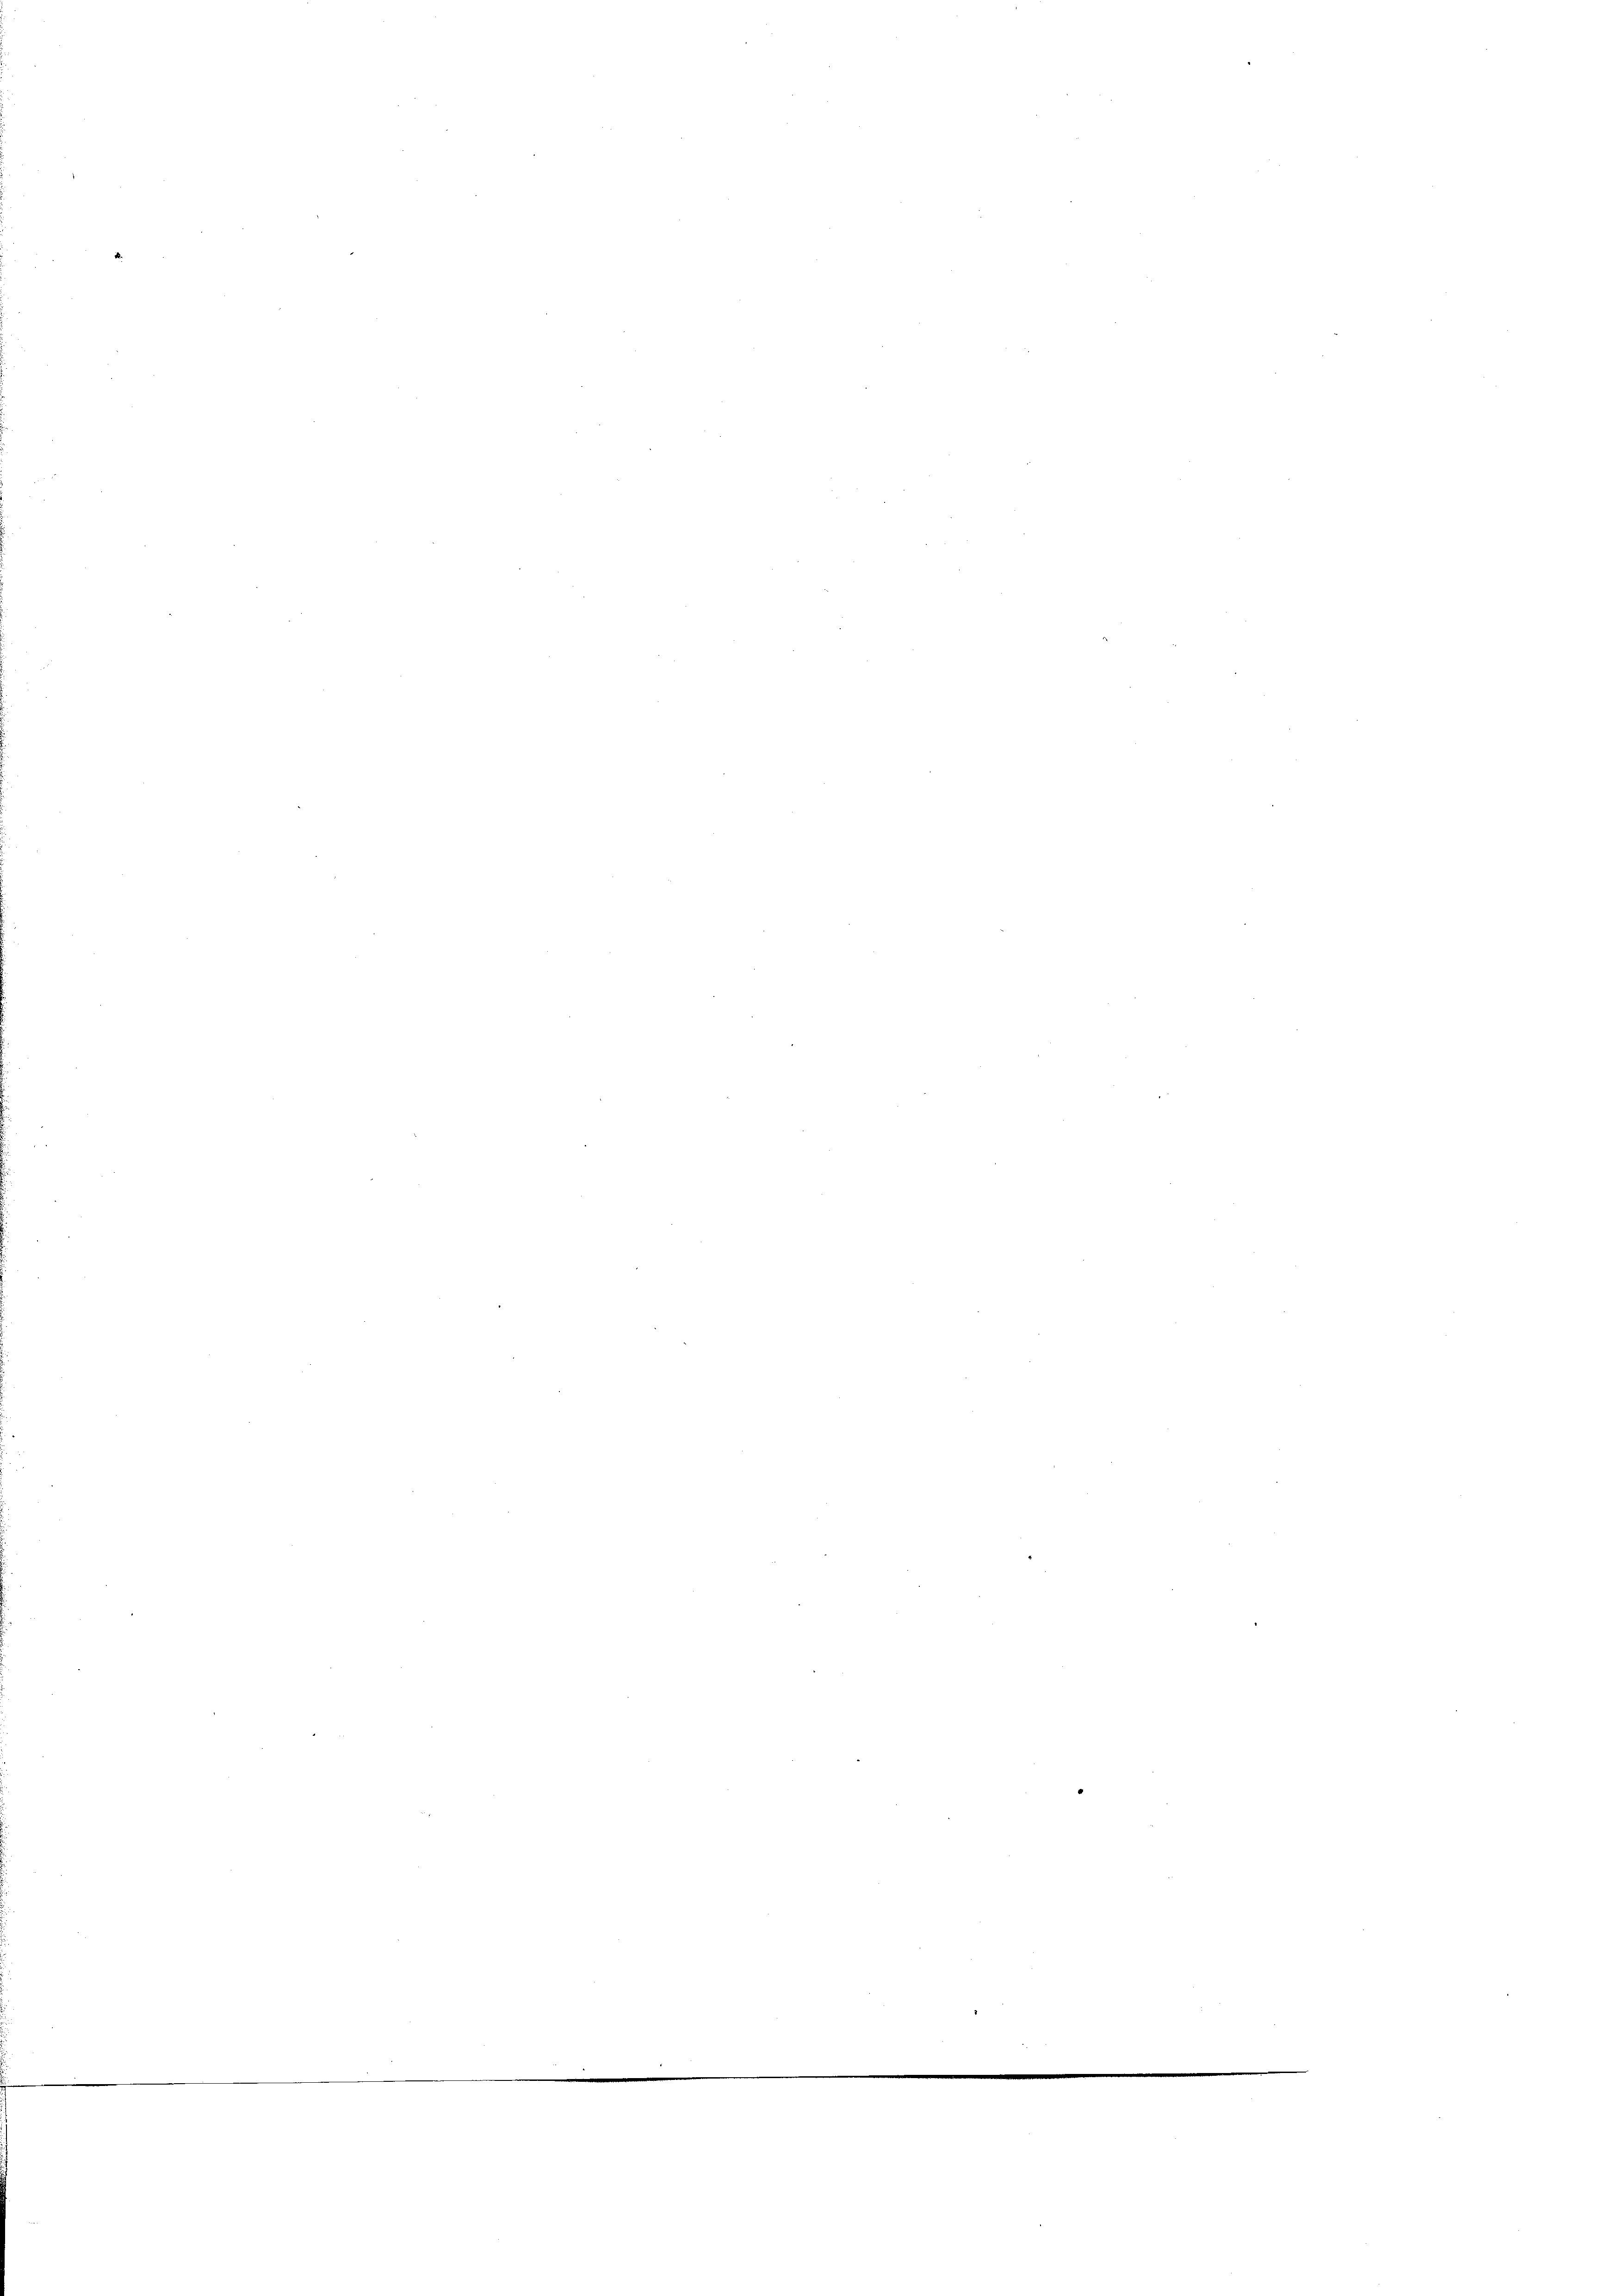
¬